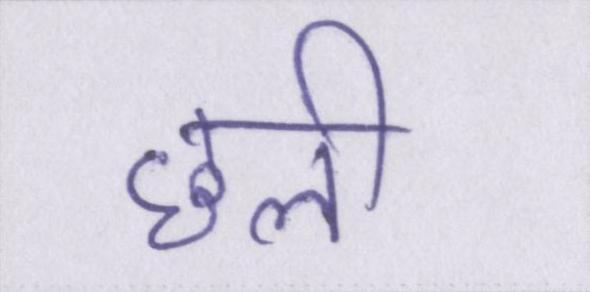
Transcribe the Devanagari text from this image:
छली